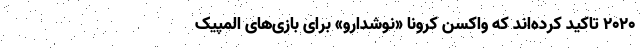
۲۰۲۰ تاکید کرده‌اند که واکسن کرونا «نوشدارو» برای بازی‌های المپیک